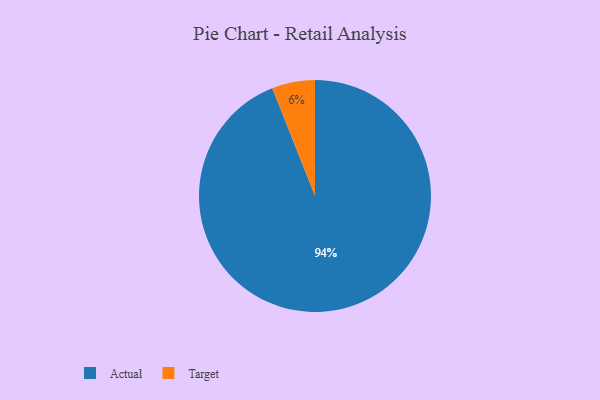
{"axis": {"x": "Category", "y": "Percentage"}, "legend": ["Actual", "Target"], "data": [{"x": "Actual", "y": 94, "type": "Actual"}, {"x": "Target", "y": 6, "type": "Target"}]}